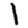
Digit: 1